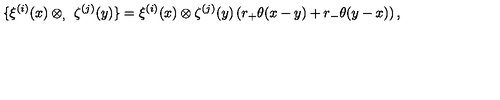
\{ \xi ^ { ( i ) } ( x ) \otimes _ { , } \ \zeta ^ { ( j ) } ( y ) \} = \xi ^ { ( i ) } ( x ) \otimes \zeta ^ { ( j ) } ( y ) \left( r _ { + } \theta ( x - y ) + r _ { - } \theta ( y - x ) \right) ,